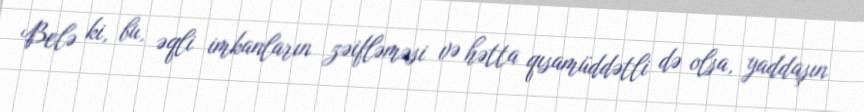
Belə ki, bu, əqli imkanların zəifləməsi və hətta qısamüddətli də olsa, yaddaşın